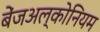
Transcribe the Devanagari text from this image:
बेंजअल्कोनियम